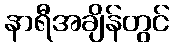
နာရီအချိန်တွင်